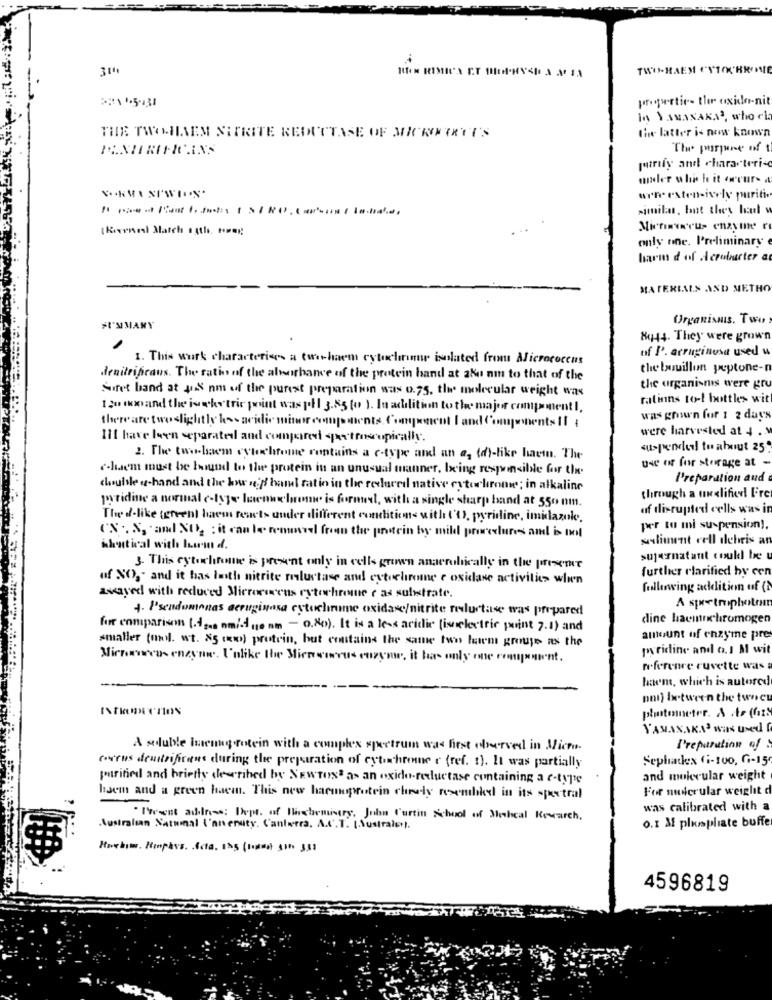
TWO-HAEY
propertie- the oxida-nit
in JANASARA', who ch
the latter is now known
THE TWO-HAEM SITRITE REDUCTASE OF SACKOCORREU'S
TENERMICANS
The purpose of
purify and characteri-
midler whis h it orurs
SORMASIWIOS
arre esten-ively purifi
similar, but they lul
(Kernel March sath. Har
Micfimrus enzyme r
only one. Preliminary
harm d of craburter a
MATERIALS AND METHO
Organismus. Two
$I'MMANY
8044. They were grown
of I'. arraginosa used w
1. This work characterises a two-haem cytochrome isolated from Micrococcus
the bouillon peptone-
denitrificaus. The ratio of the alvorbance of the protein hantl at aku nm to that of the
the organisms were gr
Siret band at Jus nm of the purest preparation was o.75. the molecular weight was
ratinns to-l bottles wit
120 mm and the jacketric point was poll 3.55 (o ). In addition to the major component I.
there are twoslightly less acidic minor comp ments Component I and Components Il
was grown for 1 2 days
were harvested at 4 .
I11 have been separated and compared spectroscopically.
suspender! to about 25
2. The two-baem cytochrome contains a e-type and an a, (d)-like haem. The
cham must be bound to the protein in an unusual manner, Ixing responsible for the
use of for storage at -
I'reparation aud
double u hand and the bw n'ff ham ratin in the reduced native cytorlirome; in alkaline
pyridine a normal e-type laenwelow is formed, with a single sharp band at 550 nm.
through a uneslified Fire
of disrupted cells was it
The d-like (green) haem reacts under different condition< with ('O, pyridine, imidazole.
CN .. N, and NO2 : it can be removed from the protein by mild procedures and is not
per tu mi su-pension!
aliment vell debris an
whentical with bom d.
supernatant coukl be
3. This cytochrome is present only in cells grown anaerobically in the presence
further clarified by cen
of NO ,. and it has lasth nitrite reluctase and cytochrome e oxidase activities when
following addition of (
avsayed with reduced Mirrorsens cytochrome c as sulestrate.
4. Pseudomonas aeruginosa cytuchirume oxidase/nitrite reluctase was prepared
A spectrophoton
dine haemnchromogen
for comparison (.42 ami-41am -. 8). It is a le-acidic (imelectric point 7.1) and
smaller (mol. wt. 85 (x) protein, but contains the same two him groupe as the
amount of enzyme pre
pyridine and o. I M wit
Micromeus enzyne. I'dlike the Micro wirus enzyme, it has only one comgement.
referenre ruvette was
haem, which is autorcd
poi) between the twoe
photometer. A Ar (fazs
YAMANAKA' Was Used
A soluble imenugrotein with a complex spectrum was first oberved in Micro.
I'reparation of
Seplatex fi-100, G-15
courus dentrificant during the preparation of cytochrome c (ref. 1). It was partially
purified and briefly described by NEWTON as an oxido-reductase containing a e-type
and molecular weight
For nulerular weight d
lisem and a green haem. This new harmoprotein clearly resemble in its spectral
-
was calibrated with a
" Present address: Dept. of Biostarmistry. John Curtin School of Meheal Research.
Australian National I'an ersity. Canterra, A.S.T. [Sustralet.
0.1 M plunplate buffer
Harbin. Humphvs. Acta. 135 (Boaed 51 353
4596819